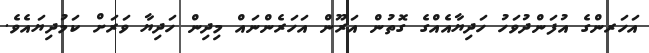
އަހަރންގެ އުފަންދުވަހު ހަދިޔާއެއްގެ ގޮތުން އަރޫން އަހަރެންނައް މިދިން ހަދިޔާ ވަރަށް ކަމުދިޔައެވެ.